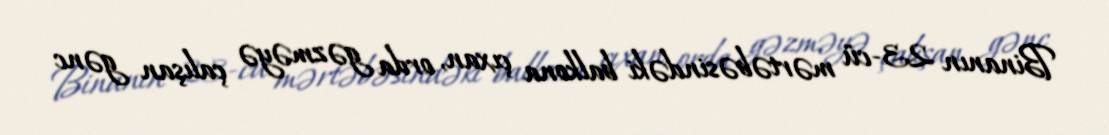
Binanın 23-cü mərtəbəsindəki balkona çıxan, orda gəzməyə çalışan gənc